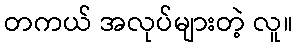
တကယ် အလုပ်များတဲ့ လူ။